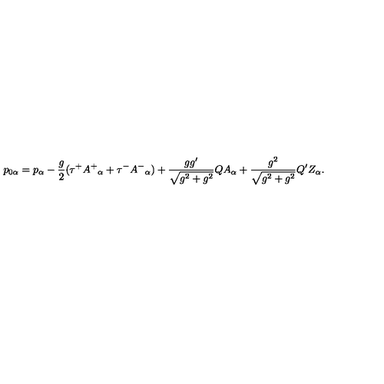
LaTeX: p _ { 0 \alpha } = p _ { \alpha } - \frac { g } { 2 } ( \tau ^ { + } A ^ { + } { } _ { \alpha } + \tau ^ { - } A ^ { - } { } _ { \alpha } ) + \frac { g g ^ { \prime } } { \sqrt { g ^ { 2 } + g ^ { 2 } } } Q A _ { \alpha } + \frac { g ^ { 2 } } { \sqrt { g ^ { 2 } + g ^ { 2 } } } Q ^ { \prime } Z _ { \alpha } .